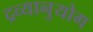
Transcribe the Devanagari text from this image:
द्रव्यानुयोग